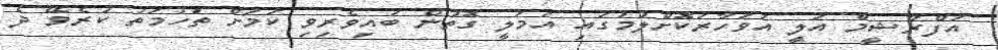
އަފްރާޝީމް އަލީ އަވަހާރަކޮށްލުމުގައި އަމަލީ ގޮތުން ބައިވެރިވި ކަމަށް ތުހުމަތު ކުރެވޭ ދެ